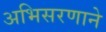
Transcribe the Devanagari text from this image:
अभिसरणाने